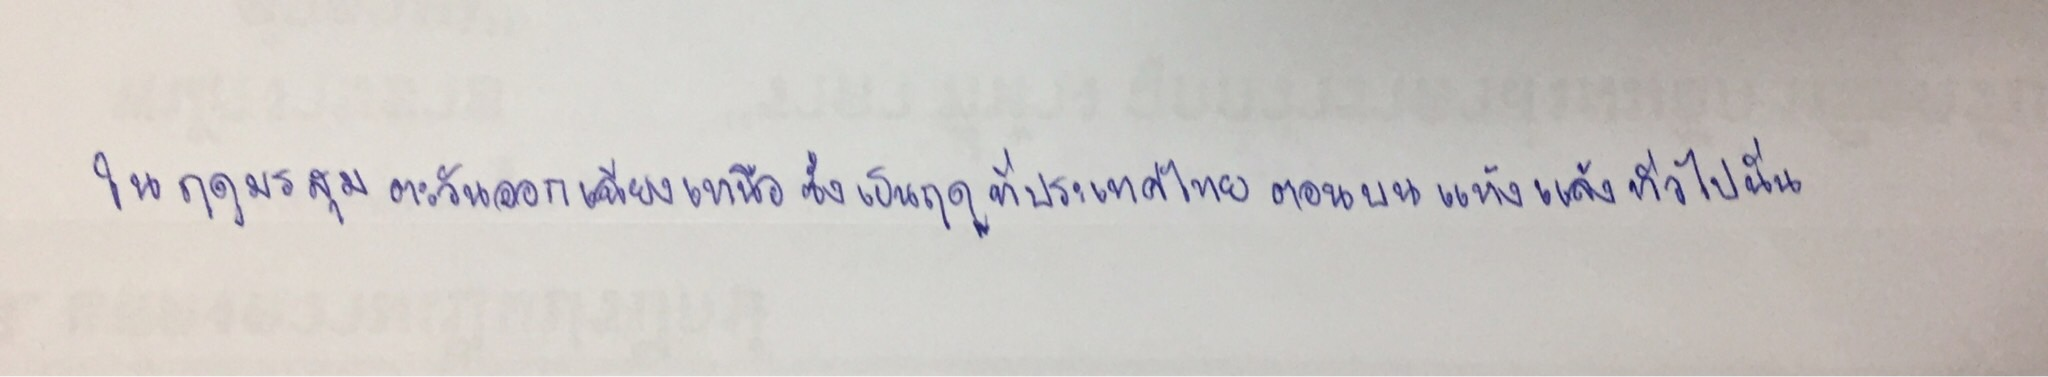
ในฤดูมรสุมตะวันออกเฉียงเหนือซึ่งเป็นฤดูที่ประเทศไทยตอนบนแห้งแล้งทั่วไปนั้น